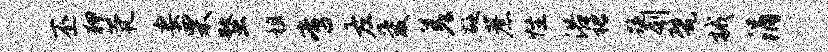
丕狎茕妻栗蝥租啻左爱差砭蔗怪浴裙跪刳甓械涓